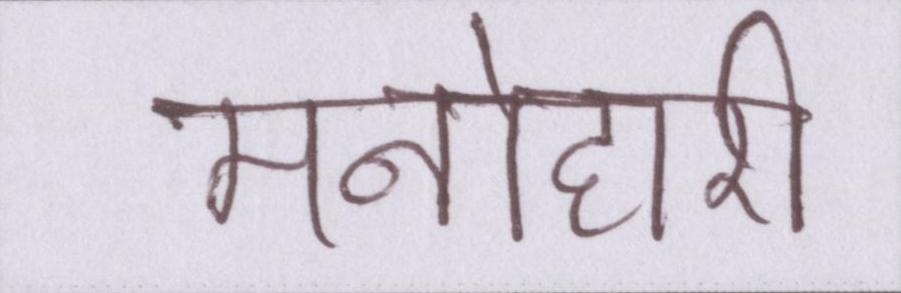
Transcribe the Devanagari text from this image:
मनोहारी